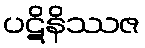
ပဋိနိဿဇ